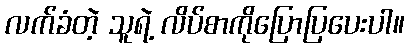
လက်ခံတဲ့ သူရဲ့ လိပ်စာကိုပြောပြပေးပါ။